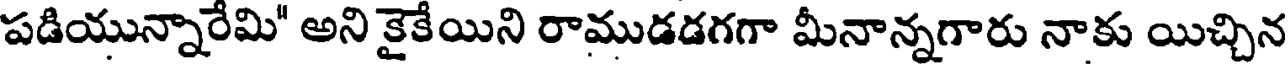
పడియున్నారేమి" అని కైకేయిని రాముడడగగా మీనాన్నగారు నాకు యిచ్చిన